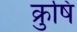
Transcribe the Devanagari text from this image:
क्रुषि